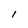
Character: l